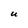
Character: U